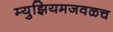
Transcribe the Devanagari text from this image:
म्युझियमजवळच